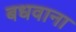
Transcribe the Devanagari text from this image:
बधवाना